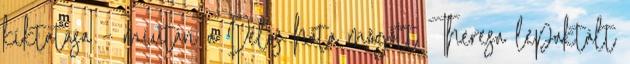
kíktatása – miután a Delos háta mögött Theresa lepaktált